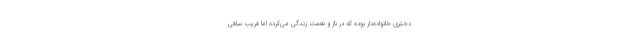
دختری خانواده‌دار بوده که در ناز و نعمت زندگی می‌کرده اما فریب ساقی